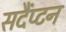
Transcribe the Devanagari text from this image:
सदैंप्टन